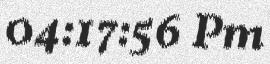
04:17:56 Pm